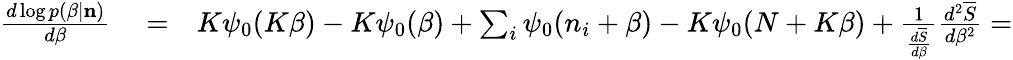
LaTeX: \begin{array}{rlr}{\frac{d\log p(\beta|{\mathbf n})}{d\beta}}&{{}=}&{K\psi_{0}(K\beta)-K\psi_{0}(\beta)+\sum_{i}\psi_{0}(n_{i}+\beta)-K\psi_{0}(N+K\beta)+\frac{1}{\frac{d\overline{{S}}}{d\beta}}\frac{d^{2}\overline{{S}}}{d\beta^{2}}=}\end{array}